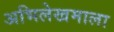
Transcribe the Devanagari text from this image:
अभिलेखमाला